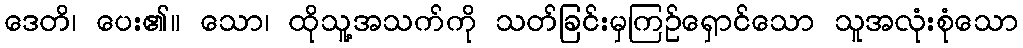
ဒေတိ၊ ပေး၏။ သော၊ ထိုသူ့အသက်ကို သတ်ခြင်းမှကြဉ်ရှောင်သော သူအလုံးစုံသော